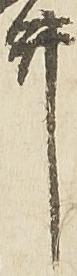
井